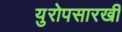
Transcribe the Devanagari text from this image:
युरोपसारखी